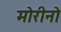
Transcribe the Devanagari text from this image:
मोरीनो